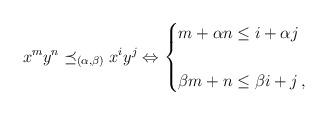
LaTeX: \begin{align*} x^my^n \preceq_{(\alpha,\beta)} x^i y^j \Leftrightarrow \begin{cases} m+\alpha n\leq i+\alpha j \\ \\ \beta m+ n\leq \beta i+ j\,, \end{cases} \end{align*}